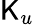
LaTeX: \mathsf{K}_{u}